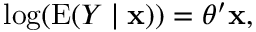
\log ( \operatorname { E } ( Y \mid \mathbf { x } ) ) = { \boldsymbol { \theta } } ^ { \prime } \mathbf { x } ,